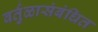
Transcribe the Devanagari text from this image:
वर्तुळासंबंधित